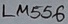
Text: LM556